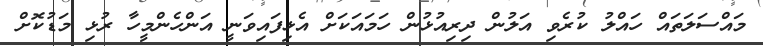
މައްސަލަތައް ހައްލު ކުރެވި އަލުން ދިރިއުޅުން ހަމައަކަށް އެޅިފައިވަނީ އަންހެންމީހާ ރުޅި މަޑުކޮށް